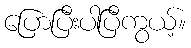
ပြောပြီးပါပြီကွယ့်။